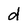
Character: d